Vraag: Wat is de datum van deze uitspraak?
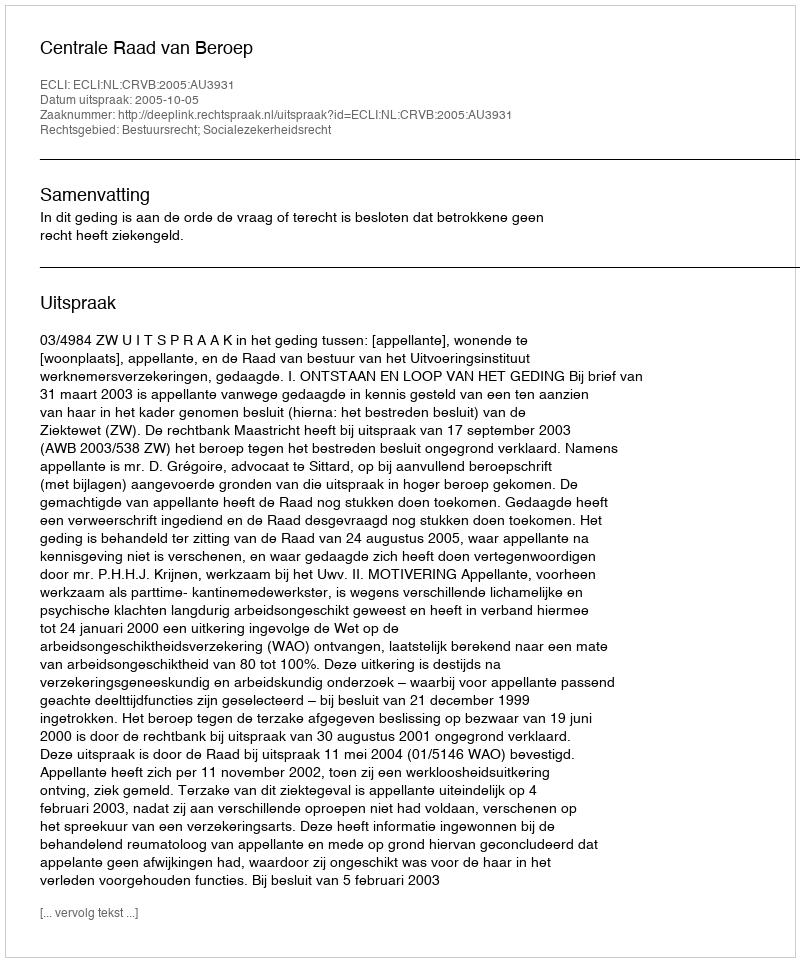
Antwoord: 2005-10-05